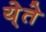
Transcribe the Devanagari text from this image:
ये्ते